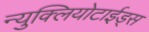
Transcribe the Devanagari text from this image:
न्युक्लियोटाईड्स